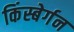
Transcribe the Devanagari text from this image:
किंस्बेर्गन